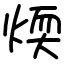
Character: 煗